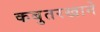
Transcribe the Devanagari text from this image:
कबुतरखाने